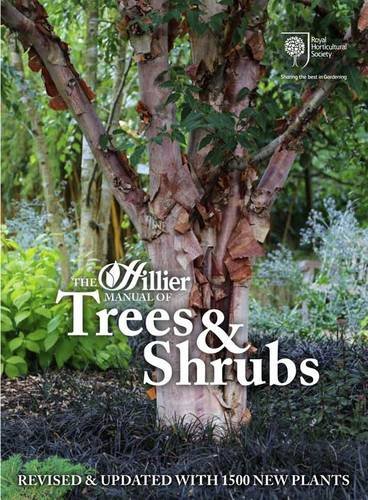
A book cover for The Hillier Manual of Trees and Shrubs; Crafts, Hobbies & Home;